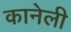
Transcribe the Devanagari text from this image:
कानेली